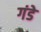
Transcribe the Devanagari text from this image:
गंडे